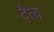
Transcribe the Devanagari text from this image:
दैत्व